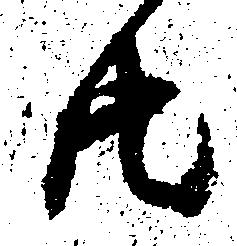
共